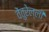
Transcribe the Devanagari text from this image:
वेंतुरेल्ली